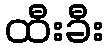
ထီးခီး